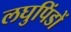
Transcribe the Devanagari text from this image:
लघुपिंडों